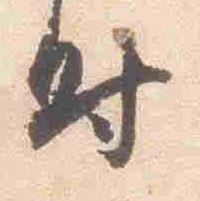
時